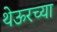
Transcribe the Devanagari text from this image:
थेऊरच्या